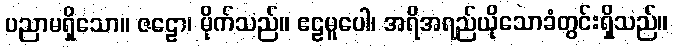
ပညာမရှိသော။ ဇဠော၊ မိုက်သည်။ ဧဠမူပေါ၊ အရိအရည်ယိုသောခံတွင်းရှိသည်။